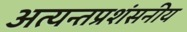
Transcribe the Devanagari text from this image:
अत्यन्तप्रशंसनीय